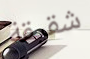
شقيقة